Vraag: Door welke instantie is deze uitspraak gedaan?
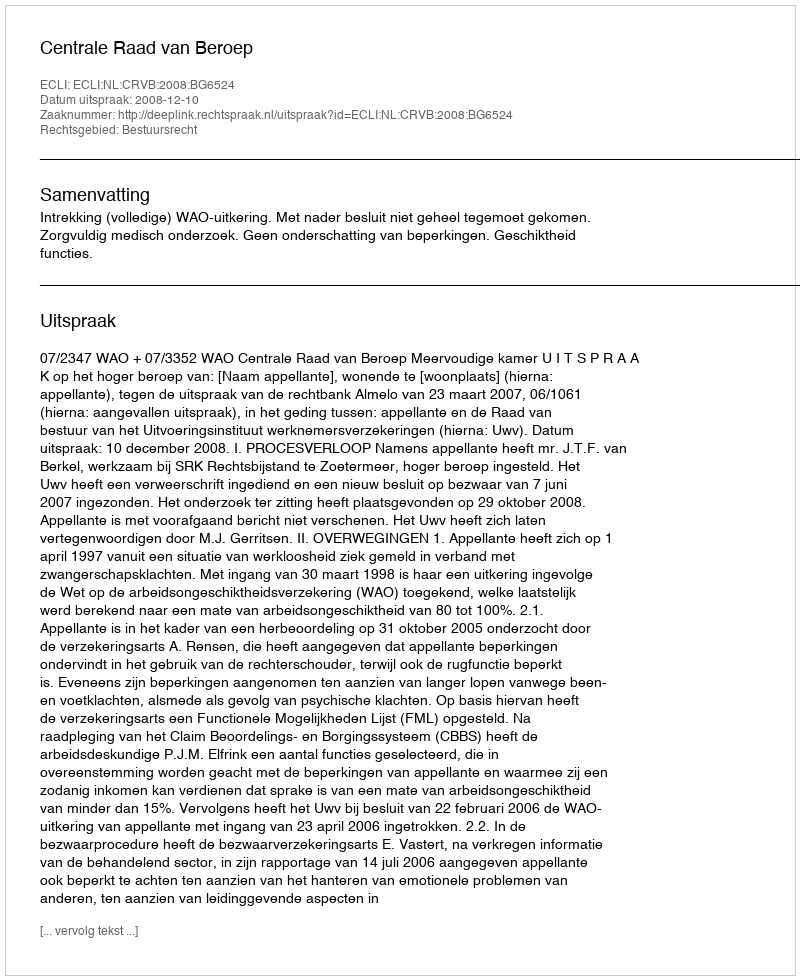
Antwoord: Centrale Raad van Beroep